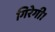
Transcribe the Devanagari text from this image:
गिरेगी।